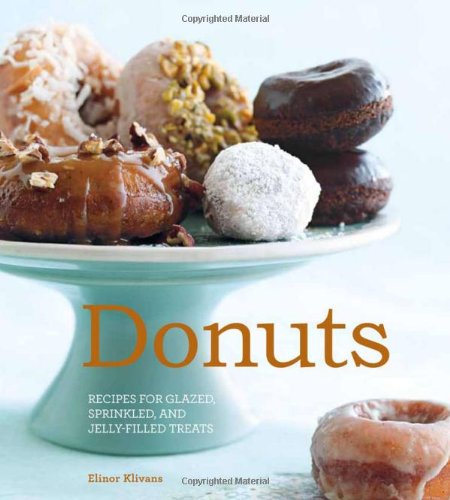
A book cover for Donuts; Elinor Klivans; Cookbooks, Food & Wine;